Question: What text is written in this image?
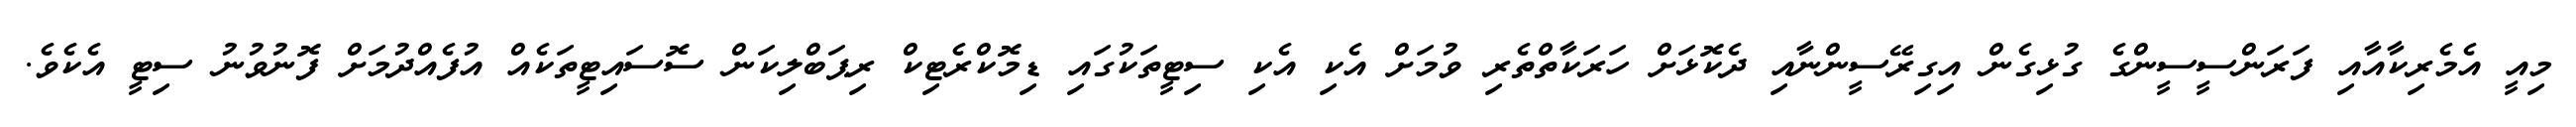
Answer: މިއީ އެމެރިކާއާއި ފަރަންސީސީންގެ ގުޅިގެން އިގިރޭސީންނާއި ދެކޮޅަށް ހަރަކާތްތެރި ވުމަށް އެކި އެކި ސިޓީތަކުގައި ޑިމޮކްރެޓިކް ރިޕަބްލިކަން ސޮސައިޓީތަކެއް އުފެއްދުމަށް ފޮނުވުނު ސިޓީ އެކެވެ.